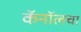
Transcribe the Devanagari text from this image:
कॅनॉलचा